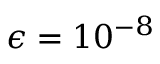
\epsilon = 1 0 ^ { - 8 }